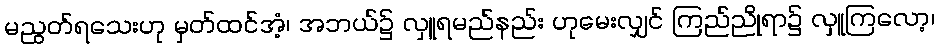
မညွတ်ရသေးဟု မှတ်ထင်အံ့၊ အဘယ်၌ လှူရမည်နည်း ဟုမေးလျှင် ကြည်ညိုရာ၌ လှူကြလော့၊